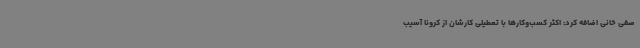
‌ صفی خانی اضافه کرد: اکثر کسب‌وکارها با تعطیلی کارشان از کرونا آسیب